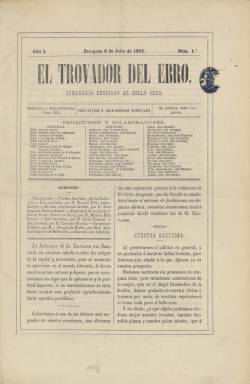
Título: El Trovador del Ebro
Colección: Revistas femeninas
Ámbito geográfico: Zaragoza
Lugar de publicación: Zaragoza
Fechas: 08/07/1869-15/12/1869

Revista femenina, de modas y literatura, con el subtítulo “semanario dedicado al bello sexo”, que salía cada jueves, en plena revolución septembrina, pero que tuvo corta vida, como las más de las publicaciones locales de este género, tirando sólo 23 entregas, desde el ocho de julio al quince diciembre de 1869, en un pliego en 4º marquilla, con ocho páginas cada una, compuestas a dos columnas y sobre un papel satinado. Regalaba a sus “suscriptoras” mensualmente pliegos de bordados y figurines y algunas piezas de música para piano, como era propio en este tipo de publicaciones de la época.

Su propietario fue el escritor Juan Cervera Bachiller, que es autor también de parte de sus contenidos y la mandó estampar, primero, en la Imprenta de Manuel Ventura y, después en la Tipografía de Calisto Ariño. Castán Palomar (1924) recogió la referencia de que fue “una de las revistas de mayor éxito en su época”, siendo la primera de este carácter publicada en la capital zaragozana. En su primer número agradecerá al diario liberal-progresista El Grito aragonés (1868-1870), que le hubiera facilitado sus “elegantes oficinas”, mientras encontraba local adecuado para establecer su redacción.

Destaca bajo la cabecera de esta publicación una larga nómina de redactores y colaboradores, correspondiendo un tercio a escritoras y periodistas de la prensa española, como Ángela Grassi, Carolina Coronado, Concepción Arenal, Faustina Sáez del Melgar, Gertrudis Gómez de Avellaneda, María del Pilar Sinués de Marco, Emilia Álvarez de Mijares o Fernán Caballero, entre otras, como fue la entonces joven turolense María Concepción Gimeno (de Flaquer), que inició aquí su trayectoria periodística con un artículo titulado A los impugnadores del bello sexo (número 18); así como periodistas y escritores también de renombre nacional, como Eusebio Blasco, Ramón de Campoamor, Nemesio Fernández Cuesta, Carlos Frontaura, Juan Eugenio Hartzenbusch o Julio Nombela.

En su artículo de presentación indicará que “modestos escritores sin pretensión de ninguna clase, pero entusiastas admiradores de la mujer, que es el ángel bienhechor de la familia”, dedicaban su “pobre talento” a “cantar las virtudes y celebrar las gracias de la mujer, de ese ser tan débil como benéfico y adorable”.

Aparecen publicadas en sus páginas biografías o historias de mujeres célebres, textos de carácter instructivo o didáctico, así como literario o sobre música, junto a otros en verso o relatos y crónicas de salones y teatros. Tiene una sección de Revista de modas, que data en París Adelina Eugenie de Belleville, y otras de Charadas y Geroglíficos (con algunos pequeños grabados).

Referencias para este título y la prensa de esta localidad es la tesis doctoral de Begoña Gimeno Arlanzón (2010), el Repertorio de publicaciones periódicas zaragozanas, de 1998, la Historia del periodismo en Aragón, de 1980, o los trabajos de Fernández Clemente, de 1979 y 1985, entre otras.